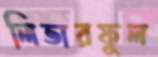
লিভারফুল